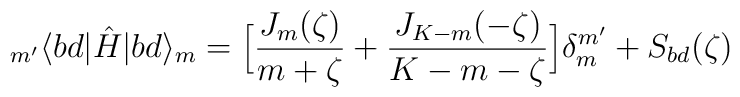
_{m'}\langle bd |\hat{H}| bd\rangle_m = \Big[\frac{J_m(\zeta)}{m+\zeta} +  \frac{J_{K-m}(-\zeta)}{K-m-\zeta}\Big]\delta_m^{m'}+S_{bd}(\zeta)